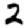
Digit: 2